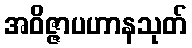
အဝိဇ္ဇာပဟာနသုတ်